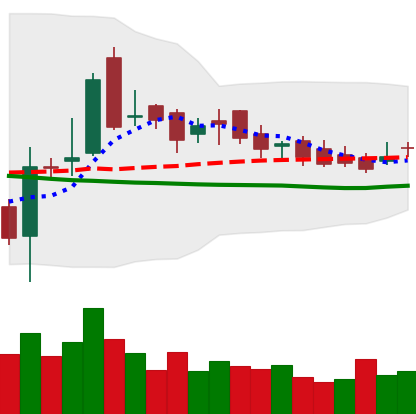
Ticker: LTC-USD
Chart end date: 2016-12-01
Forward return: -9.559%
Label: down_7plus